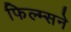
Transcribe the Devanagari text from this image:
फिल्म्सने